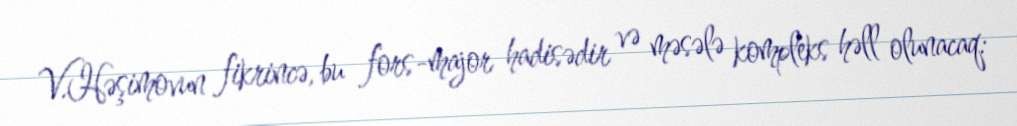
V.Həşimovun fikrincə, bu fors-major hadisədir və məsələ kompleks həll olunacaq: